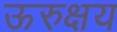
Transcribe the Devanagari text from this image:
ऊरुक्षय